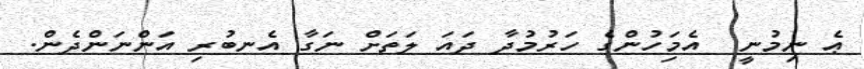
ޢެ ނިމުނީ  އެމަިހުންގެ ހަރުމުދާ ދައަ ލަތަށް ނަގާ އެނބުރި އަންނަންދެން.